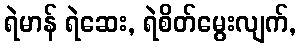
ရဲမာန် ရဲဆေး, ရဲစိတ်မွေးလျက်,